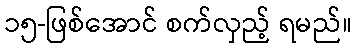
၁၅-ဖြစ်အောင် စက်လှည့် ရမည်။